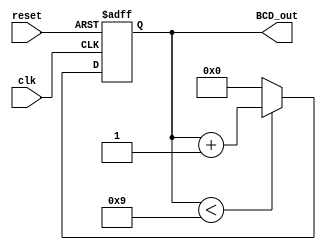
module bcd_counter (
    input wire clk,           // Clock signal
    input wire reset,         // Asynchronous reset signal
    output reg [3:0] BCD_out  // 4-bit output representing BCD value
);

// Internal register to hold the current count
reg [3:0] count;

// Always block triggered on the rising edge of the clock or when reset is activated
always @(posedge clk or posedge reset) begin
    if (reset) begin
        count <= 4'b0000;     // Reset count to 0 when reset is high
    end else begin
        if (count < 4'b1001) begin
            count <= count + 1; // Increment count if less than 9
        end else begin
            count <= 4'b0000;    // Reset count to 0 when it reaches 9
        end
    end
end

// Continuous assignment for BCD output
always @(*) begin
    BCD_out = count; // Output the current count as BCD
end

endmodule